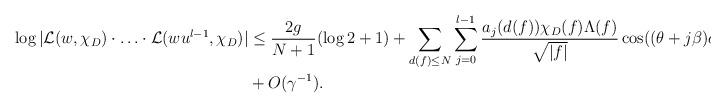
LaTeX: \begin{align*} \log | \mathcal{L}(w,\chi_D) \cdot \ldots \cdot \mathcal{L}(wu^{l-1},\chi_D) | &\leq \frac{2g}{N+1} (\log 2+1) + \sum_{d(f) \leq N} \sum_{j=0}^{l-1} \frac{ a_j(d(f)) \chi_D(f) \Lambda(f)}{\sqrt{|f|}} \cos((\theta+j \beta)d(f))\\& + O(\gamma^{-1}). \end{align*}